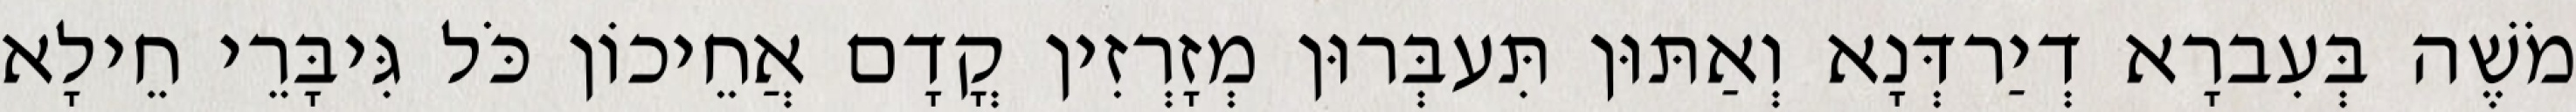
מֹשֶׁה בְּעִברָא דְיַרדְּנָא וְאַתּוּן תִּעבְּרוּן מְזָרְזִין קֳדָם אֲחֵיכוֹן כֹּל גִּיבָּרֵי חֵילָא